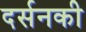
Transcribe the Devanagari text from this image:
दर्सनकी